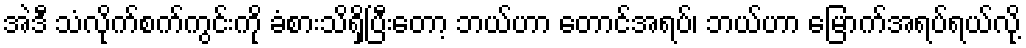
အဲဒီ သံလိုက်စက်ကွင်းကို ခံစားသိရှိပြီးတော့ ဘယ်ဟာ တောင်အရပ်၊ ဘယ်ဟာ မြောက်အရပ်ရယ်လို့